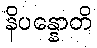
နိပန္နောတိ